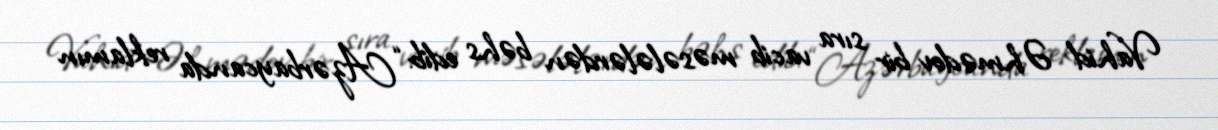
Vahid Əhmədov bir sıra vacib məsələlərdən bəhs edib: “Azərbaycanda reklamın